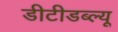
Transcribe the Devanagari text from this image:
डीटीडब्ल्यू